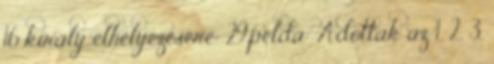
16 király elhelyezésére: 29.példa: Adottak az 1, 2, 3,